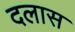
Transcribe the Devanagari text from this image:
दलास